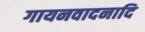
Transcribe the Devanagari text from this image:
गायनवादनादि